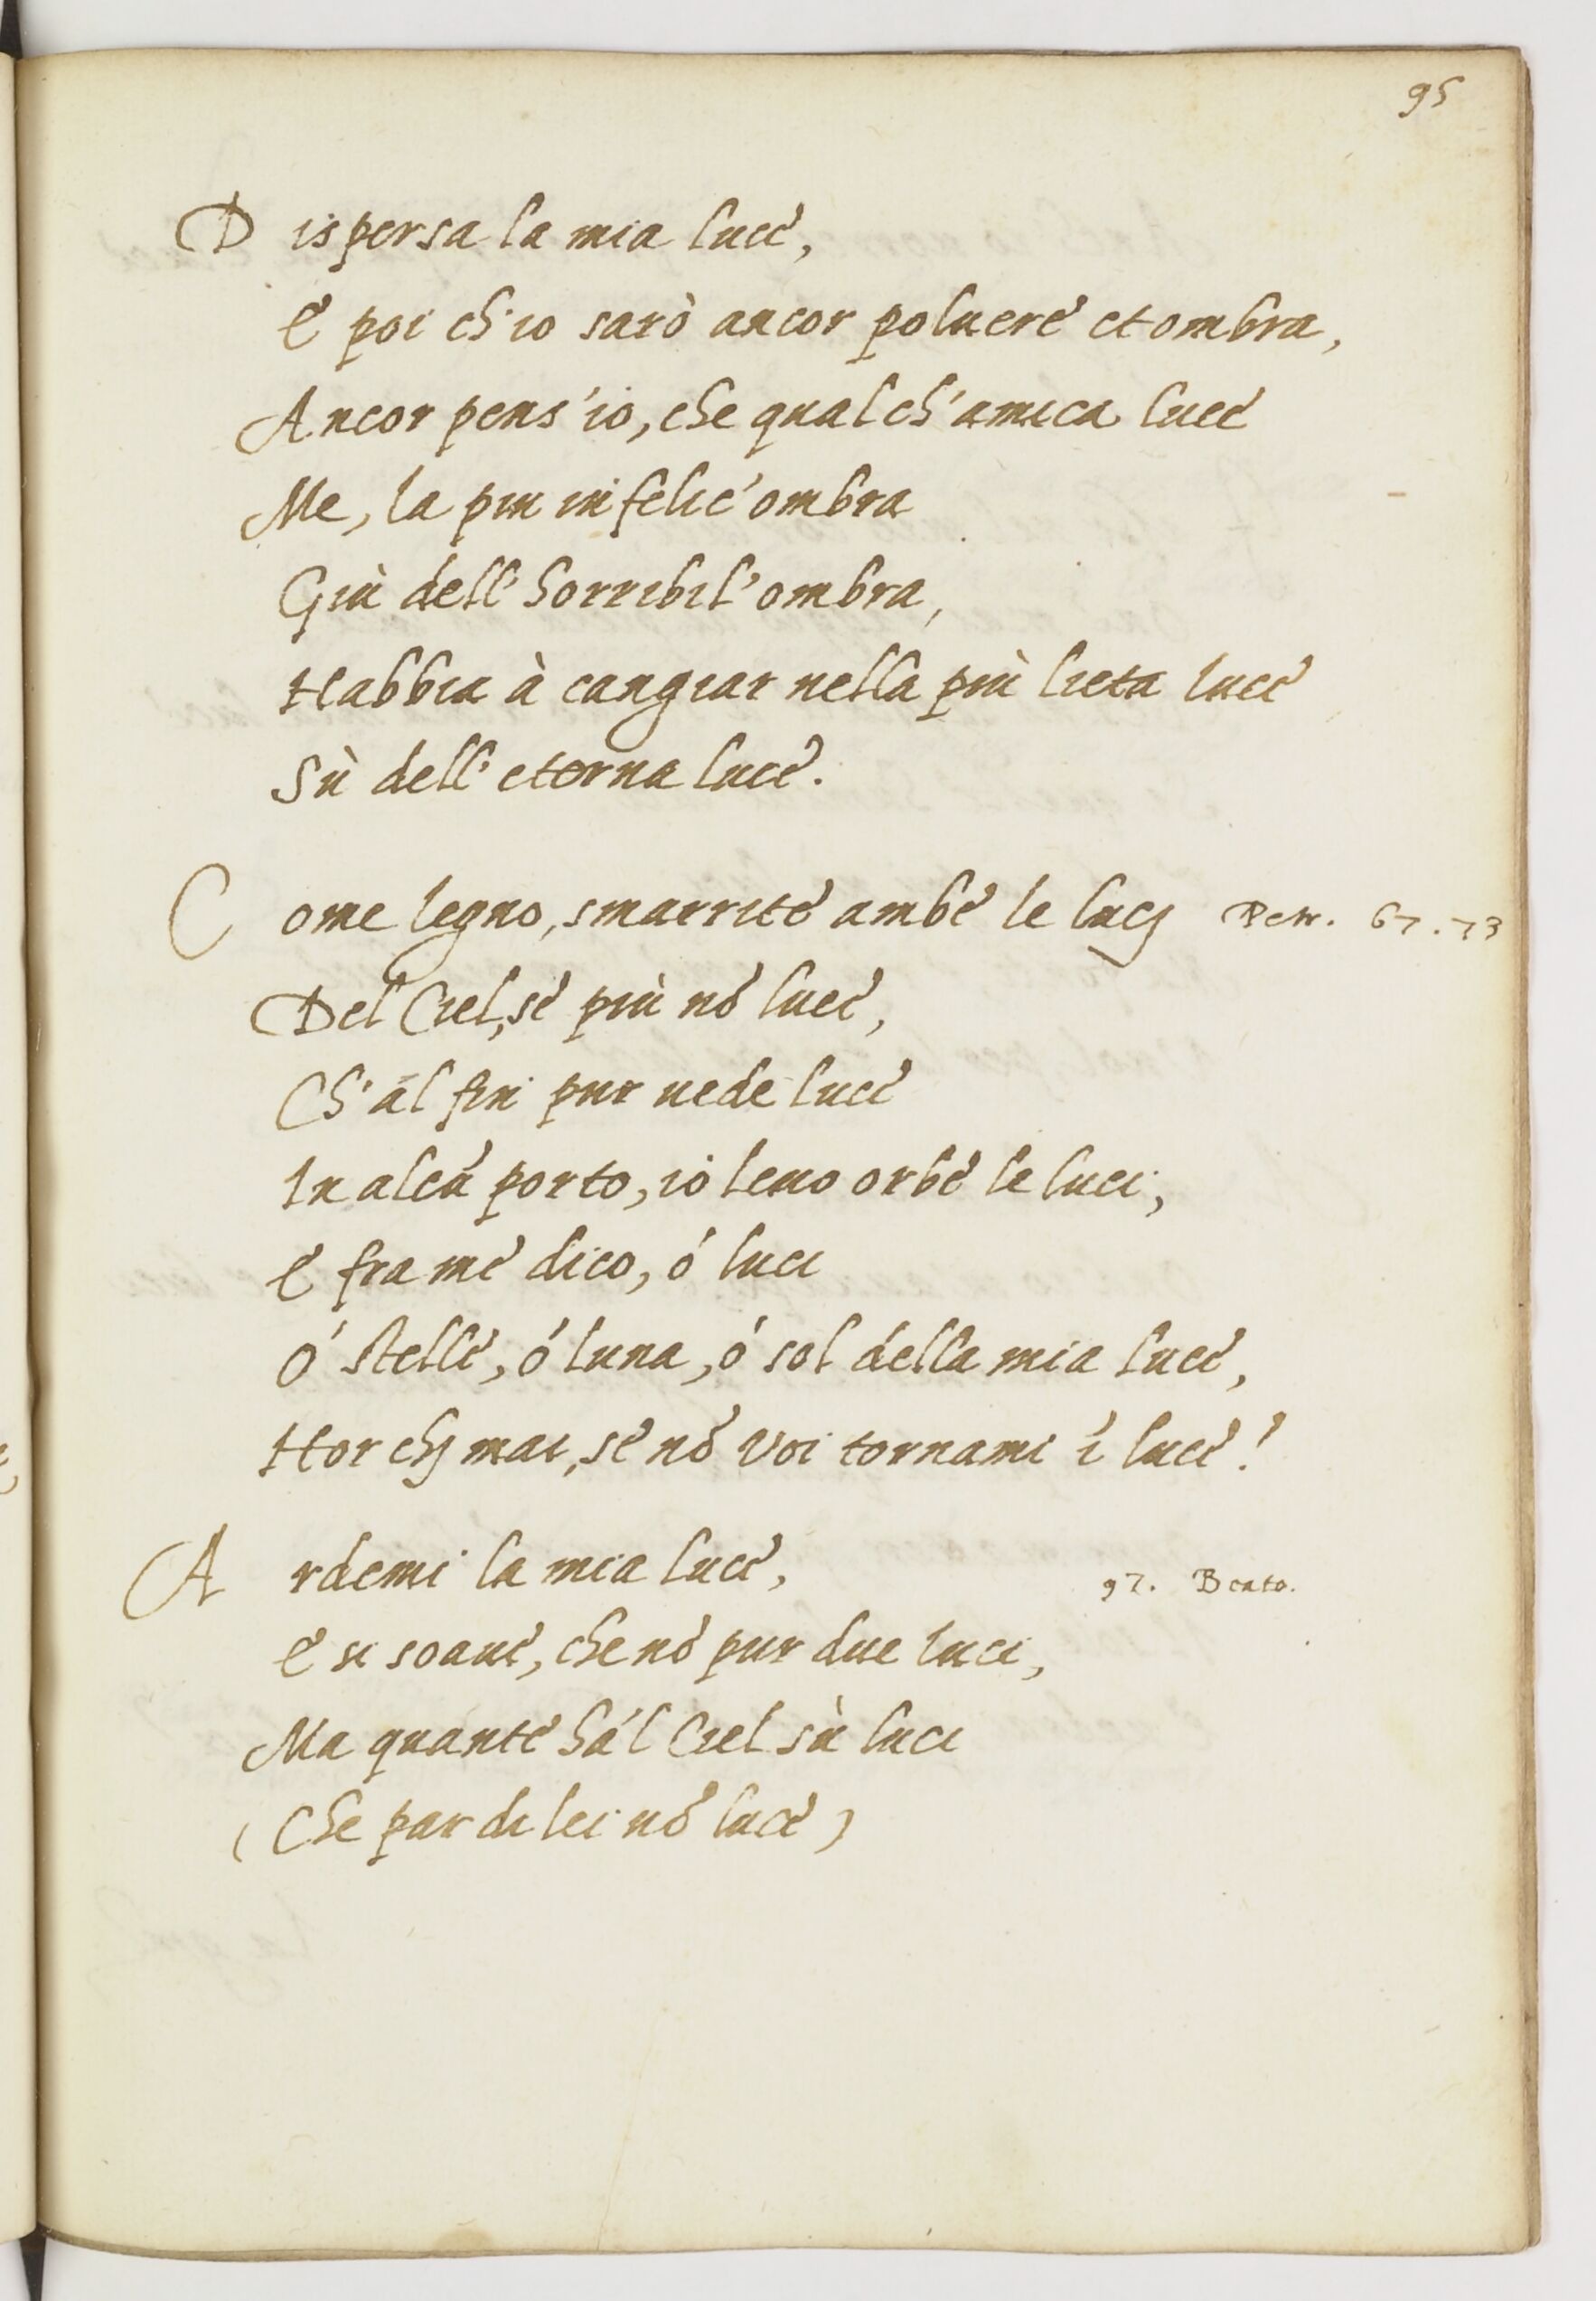
Shelfmark: Paris, BnF, ita. 1534
Century: 16